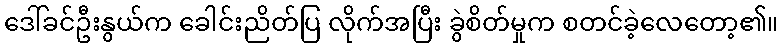
ဒေါ်ခင်ဦးနွယ်က ခေါင်းညိတ်ပြ လိုက်အပြီး ခွဲစိတ်မှုက စတင်ခဲ့လေတော့၏။